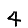
Digit: 4